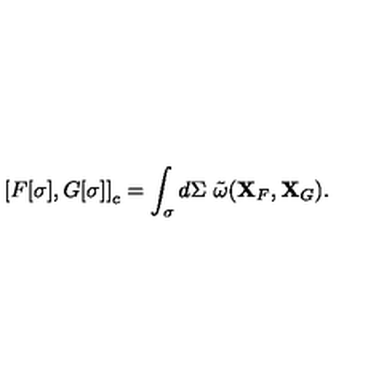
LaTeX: \left[ { F [ \sigma ] , G [ \sigma ] } \right] _ { c } = \int _ { \sigma } { d \Sigma \ \tilde { \omega } ( { \bf X } _ { F } , { \bf X } _ { G } ) } .